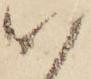
い